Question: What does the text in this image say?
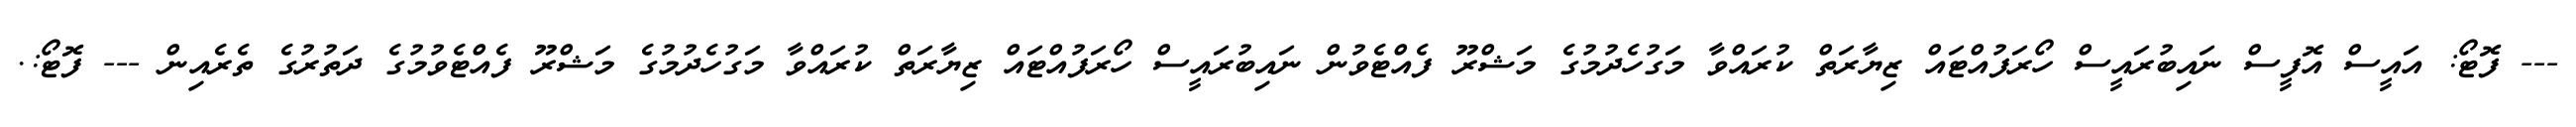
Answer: --- ފޮޓޯ: އައީސް އޮފީސް ނައިބުރައީސް ހޯރަފުއްޓައް ޒިޔާރަތް ކުރައްވާ މަގުހެދުމުގެ މަޝްރޫ ފެއްޓެވުން ނައިބުރައީސް ހޯރަފުއްޓައް ޒިޔާރަތް ކުރައްވާ މަގުހެދުމުގެ މަޝްރޫ ފެއްޓެވުމުގެ ދަތުރުގެ ތެރެއިން --- ފޮޓޯ:.